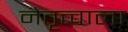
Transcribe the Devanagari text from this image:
नेतृत्त्वाला